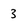
Character: 3